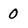
Character: 0